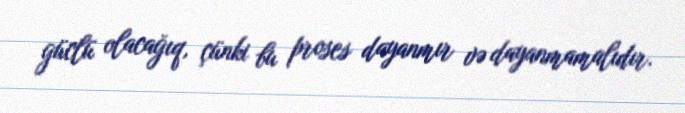
güclü olacağıq, çünki bu proses dayanmır və dayanmamalıdır.